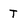
Character: T